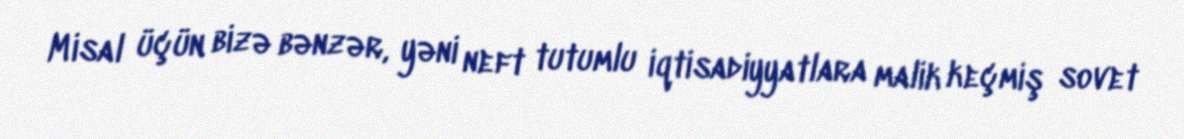
Misal üçün bizə bənzər, yəni neft tutumlu iqtisadiyyatlara malik keçmiş sovet